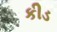
કીડ